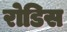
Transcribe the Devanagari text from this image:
रोडिस